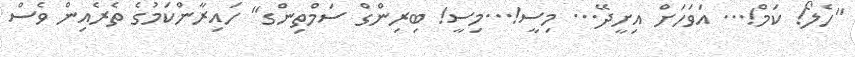
"ހެލޯ! ކަމް!... އަވަހަށް އިށީދޭ... މިސީ!...މިސީ! ބިރިންގް ސަމްތިންގ" ހައިރާންކަމުގެ ތެރެއިން ވެސް